Report of the Indian Hemp Drugs Commission, 1894-1895 - Volume I
Year: 1894
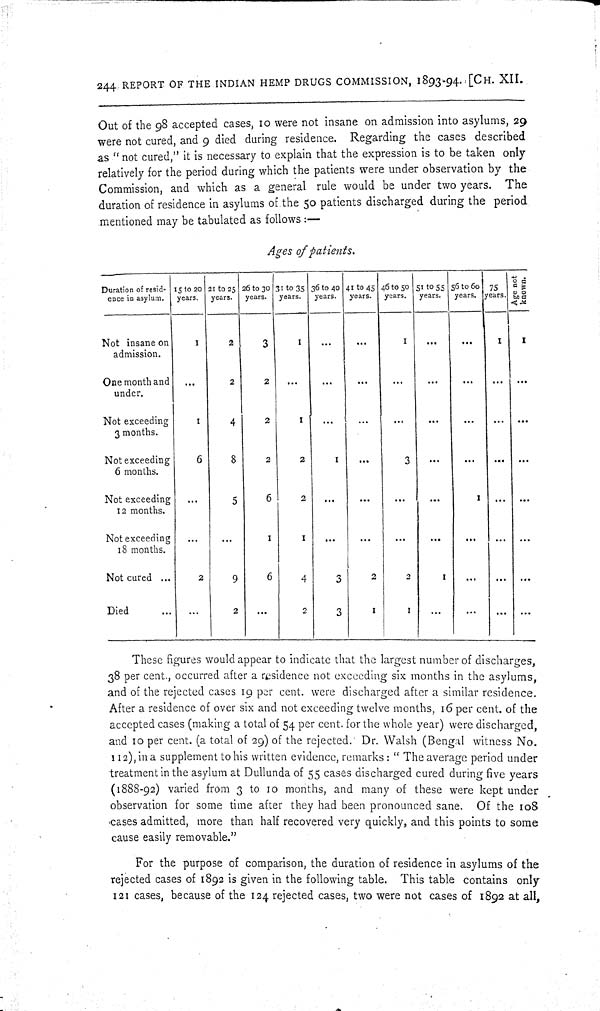
244. REPORT OF THE INDIAN HEMP DRUGS COMMISSION, 1893-94. [CH. XII.
Out of the 98 accepted cases, 10 were not insane on admission into asylums, 29
were not cured, and 9 died during residence. Regarding the cases described
as "not cured," it is necessary to explain that the expression is to be taken only
relatively for the period during which the patients were under observation by the
Commission, and which as a general rule would be under two years. The
duration of residence in asylums of the 50 patients discharged during the period
mentioned may be tabulated as follows:—
Ages of patients.
Duration of resid-
ence in asyl um.
15 to 20
years.
21 to 25
years.
26 to 30
years.
31 to 35
years.
36 to 40
years.
41 to 45
years.
46 to 50
years.
51 to 55
years.
56 to 60
years.
75
years.
Age not
known.
Not insane on
admission.
1
2
3
1
1
1
1
One month and
under.
2
2
Not exceeding
3 months.
1
4
2
1
Not exceeding
6 months.
6
8
2
2
1
3
Not exceeding
12 months.
5
6
2
1
Not exceeding
18 months.
1
1
Not cured
2
9
6
4
3
2
2
1
Died
2
2
3
1
1
These figures would appear to indicate that the largest number of discharges,
38 per cent., occurred after a residence not exceeding six months in the asylums,
and of the rejected cases 19 per cent. were discharged after a similar residence.
After a residence of over six and not exceeding twelve months, 16 per cent. of the
accepted cases (making a total of 54 per cent. for the whole year) were discharged,
and 10 per cent. (a total of 29) of the rejected. Dr. Walsh (Bengal witness No.
112), in a supplement to his written evidence, remarks: "The average period under
treatment in the asylum at Dullunda of 55 cases discharged cured during five years
(1888-92) varied from 3 to 10 months, and many of these were kept under
observation for some time after they had been pronounced sane. Of the 108
cases admitted, more than half recovered very quickly, and this points to some
cause easily removable."
For the purpose of comparison, the duration of residence in asylums of the
rejected cases of 1892 is given in the following table. This table contains only
121 cases, because of the 124 rejected cases, two were not cases of 1892 at all,